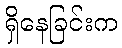
ရှိနေခြင်းက